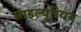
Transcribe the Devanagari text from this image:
साइल्यूरियन